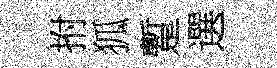
拊狐蹔選